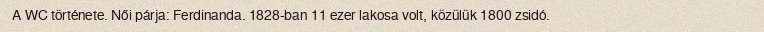
A WC története. Női párja: Ferdinanda. 1828-ban 11 ezer lakosa volt, közülük 1800 zsidó.